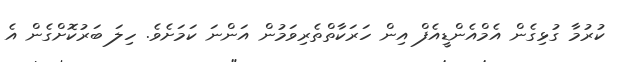
ކުރުމާ ގުޅިގެން އެމްއެންޑީއެފް އިން ހަރަކާތްތެރިވަމުން އަންނަ ކަމަށެވެ. ހިލަ ބަރުކޮށްގެން އެ